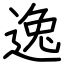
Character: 逸